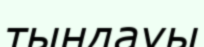
тыңдауы